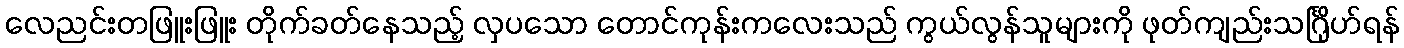
လေညင်းတဖြူးဖြူး တိုက်ခတ်နေသည့် လှပသော တောင်ကုန်းကလေးသည် ကွယ်လွန်သူများကို ဖုတ်ကျည်းသင်္ဂြိုဟ်ရန်